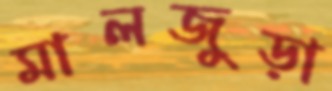
মালজুড়া